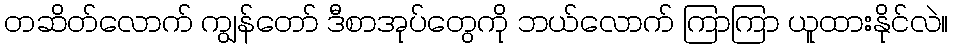
တဆိတ်လောက် ကျွန်တော် ဒီစာအုပ်တွေကို ဘယ်လောက် ကြာကြာ ယူထားနိုင်လဲ။